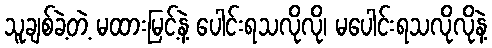
သူချစ်ခဲ့တဲ့ မထားမြင့်နဲ့ ပေါင်းရသလိုလို၊ မပေါင်းရသလိုလိုနဲ့